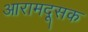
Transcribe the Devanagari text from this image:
आरामदूसक